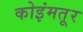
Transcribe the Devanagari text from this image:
कोइंमतूर